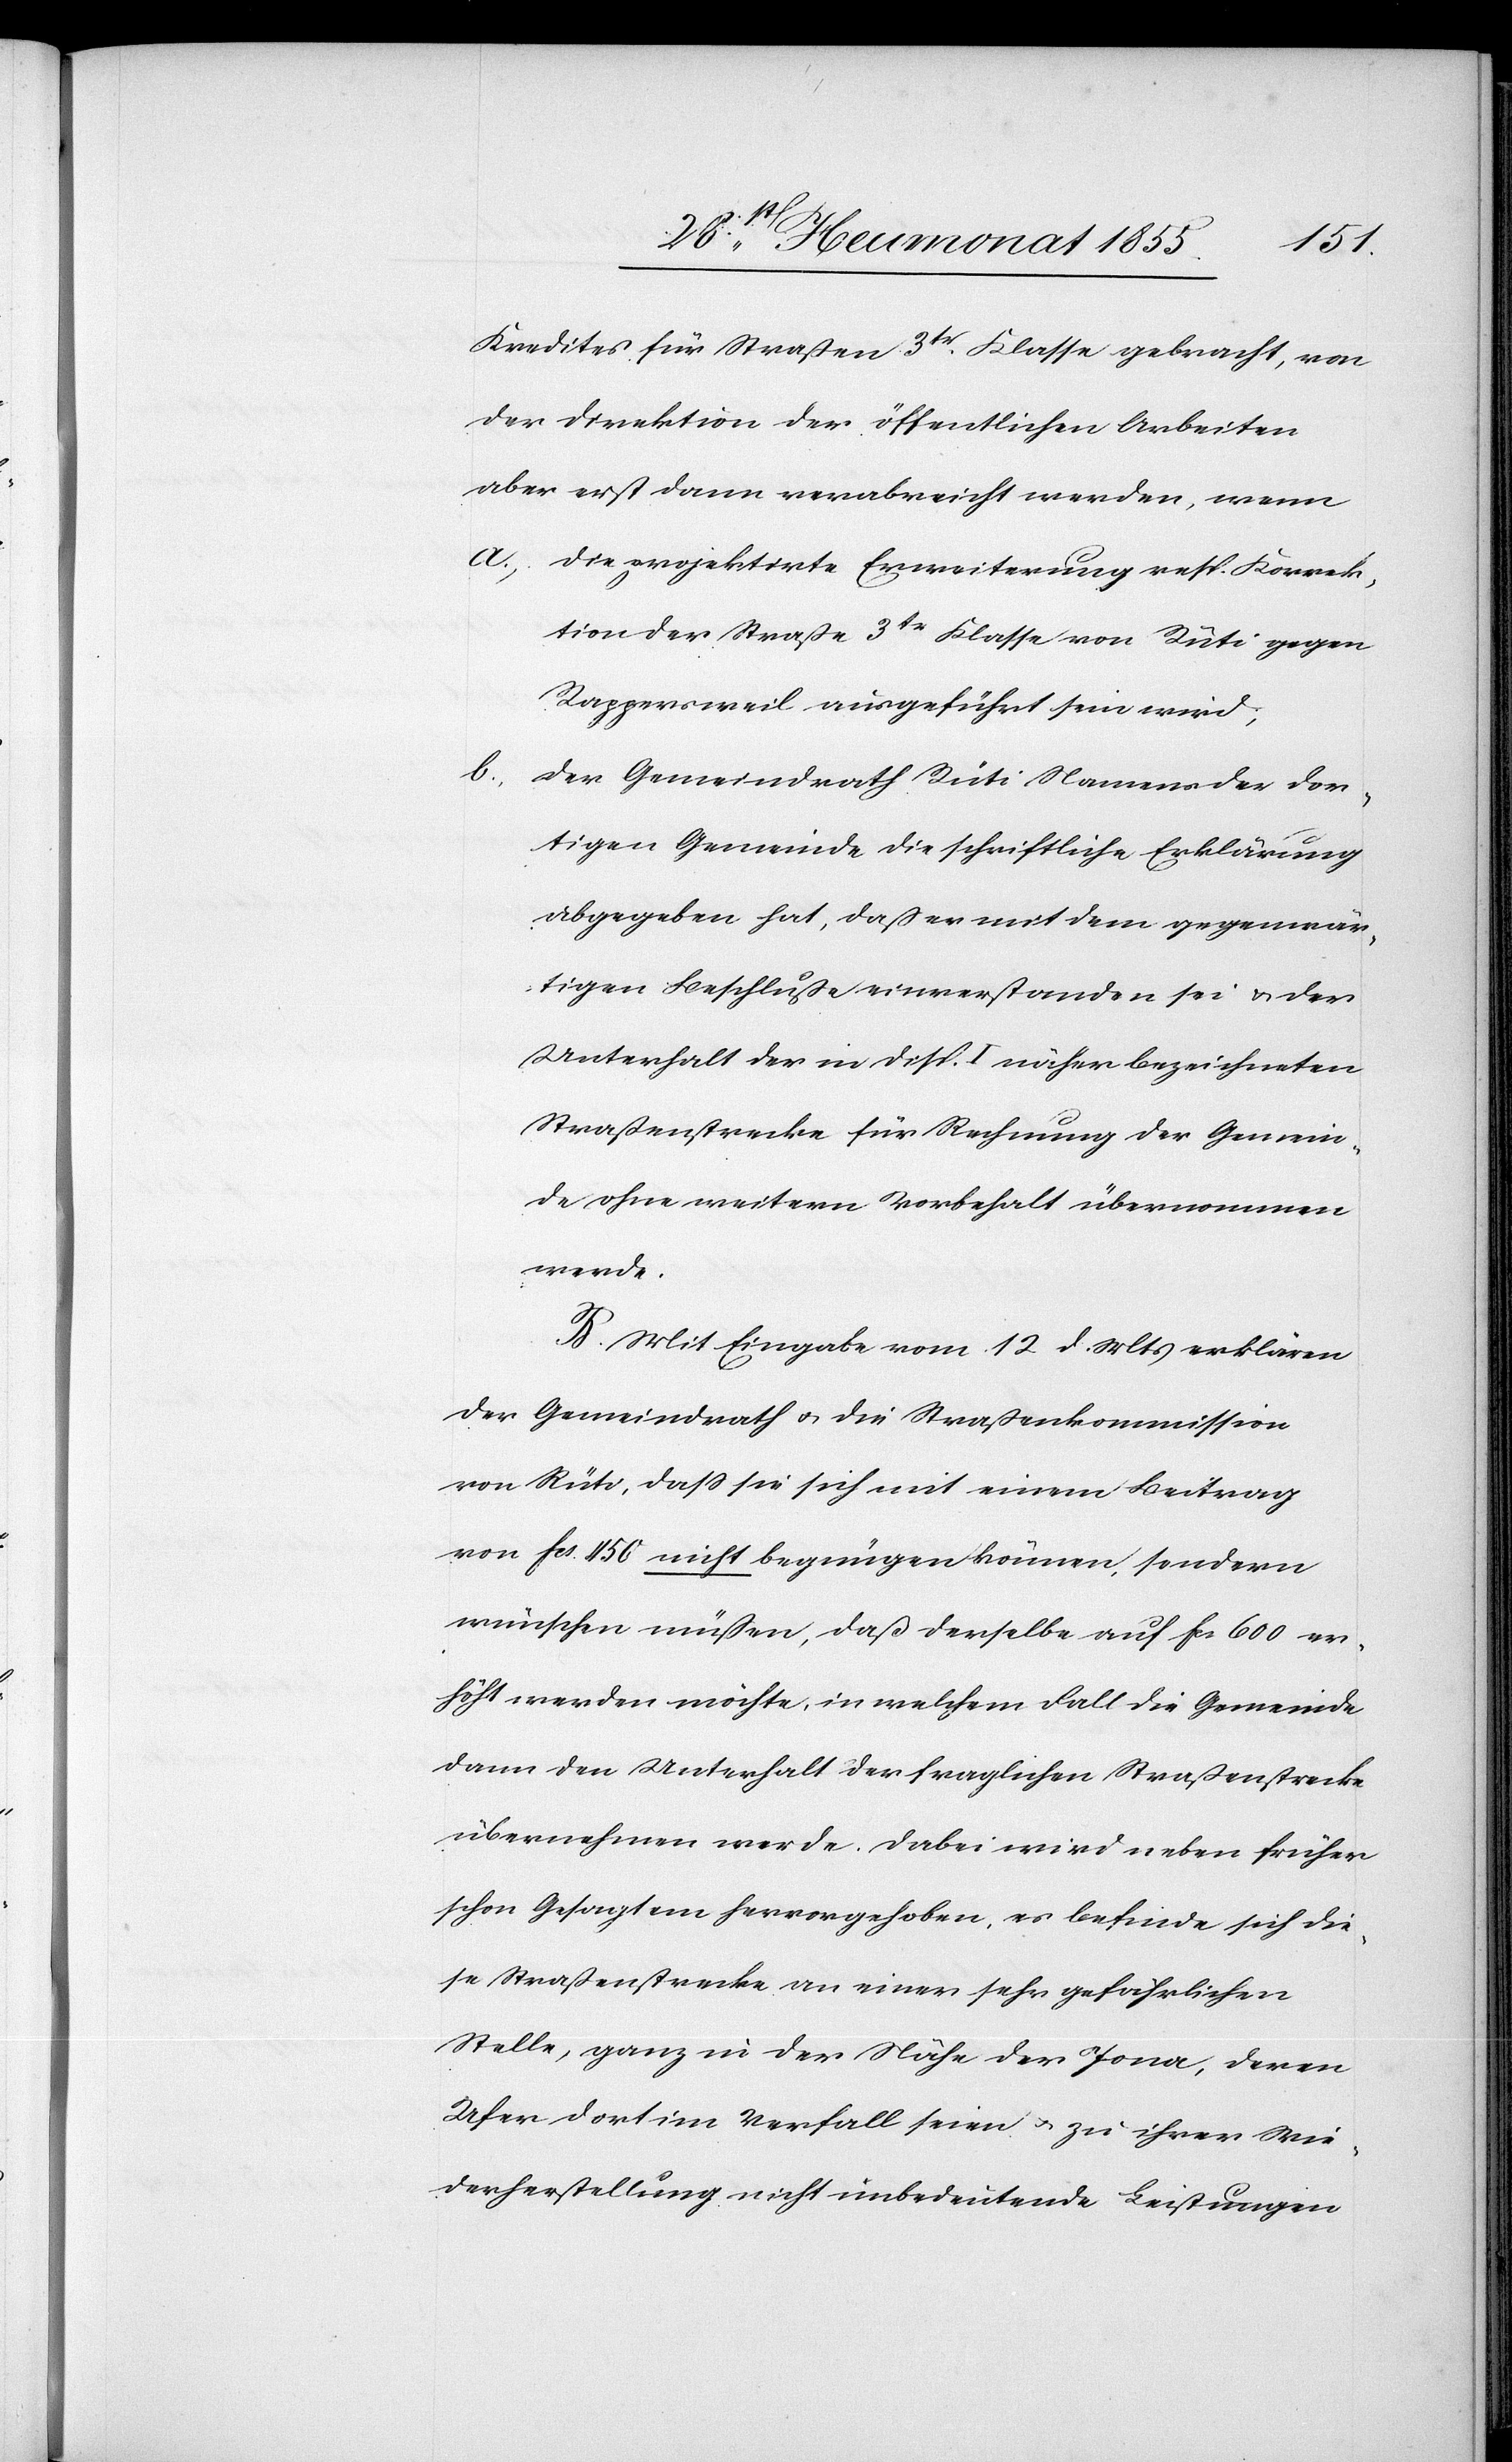
Kredites für Straßen 3tr. Klasse gebracht, von
der Direktion der öffentlichen Arbeiten
aber erst dann verabreicht werden, wenn
die projektirte Erweiterung resp. Korrek¬
tion der Straße 3tr Klasse von Rüti gegen
Rappersweil ausgeführt sein wird;
b.,
der Gemeindrath Rüti Namens der dor¬
tigen Gemeinde die schriftliche Erklärung
abgegeben hat, daß er mit dem gegenwär¬
tigen Beschluße einverstanden sei & der
Unterhalt der in Disp. I näher bezeichneten
Straßenstrecke für Rechnung der Gemein¬
de ohne weitern Vorbehalt übernommen
werde.
B. Mit Eingabe vom 12. d. Mts erklären
der Gemeindrath & die Straßenkommission
von Rüti, dass sie sich mit einem Beitrag
von Fcs. 450 nicht begnügen können, sondern
wünschen müßen, daß derselbe auf Fcs. 600 er¬
höht werden möchte, in welchem Fall die Gemeinde
dann den Unterhalt der fraglichen Straßenstrecke
übernehmen werde. Dabei wird neben früher
schon Gesagtem hervorgehoben, es befinde sich die¬
se Straßenstrecke an einer sehr gefährlichen
Stelle, ganz in der Nähe der Jona, deren
Ufer dort im Verfall seien & zu ihrer Wie¬
derherstellung nicht unbedeutende Leistungen